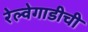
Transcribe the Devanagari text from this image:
रेल्वेगाडीची